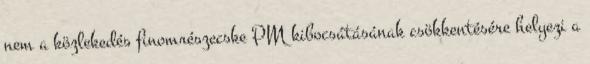
nem a közlekedés finomrészecske PM kibocsátásának csökkentésére helyezi a